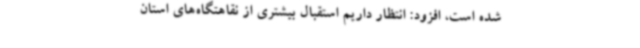
شده است، افزود: انتظار داریم استقبال بیشتری از نقاهتگاه‌های استان